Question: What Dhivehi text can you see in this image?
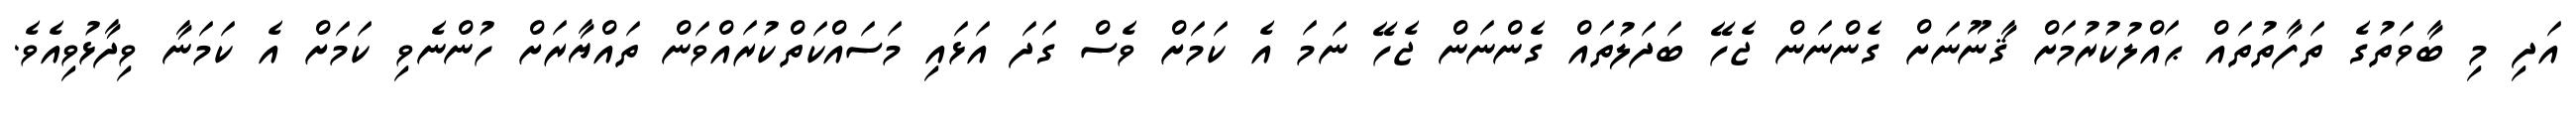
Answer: އަދި މި ބާވަތުގެ ތަފާތުތައް ޙައްލުކުރުމަށް ޤާނޫނަށް ގެންނަން ޖެހޭ ބަދަލުތައް ގެންނަން ޖެހޭ ނަމަ އެ ކަމަށް ވެސް ގަދަ އަޅައި މަސައްކަތްކުރައްވަން ތައްޔާރަށް ހުންނެވި ކަމަށް އެ ކަމަނާ ވިދާޅުވިއެވެ.